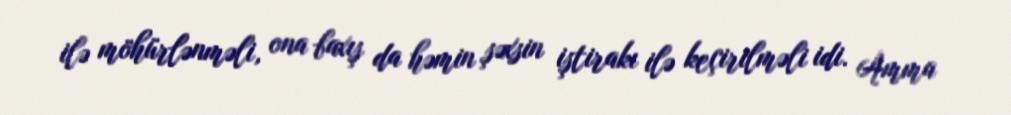
ilə möhürlənməli, ona baxış da həmin şəxsin iştirakı ilə keçirilməli idi. Amma